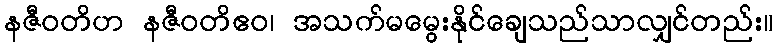
နဇီဝတိဟ နဇီဝတိဧဝ၊ အသက်မမွေးနိုင်ချေသည်သာလျှင်တည်း။